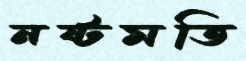
নষ্টমতি